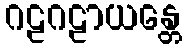
ဂဠဂဠာယန္တေ